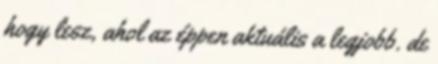
hogy lesz, ahol az éppen aktuális a legjobb. de